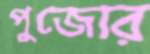
পুজোর